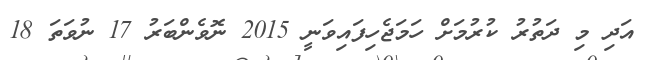
އަދި މި ދަތުރު ކުރުމަށް ހަމަޖެހިފައިވަނީ 2015 ނޮވެންބަރު 17 ނުވަތަ 18